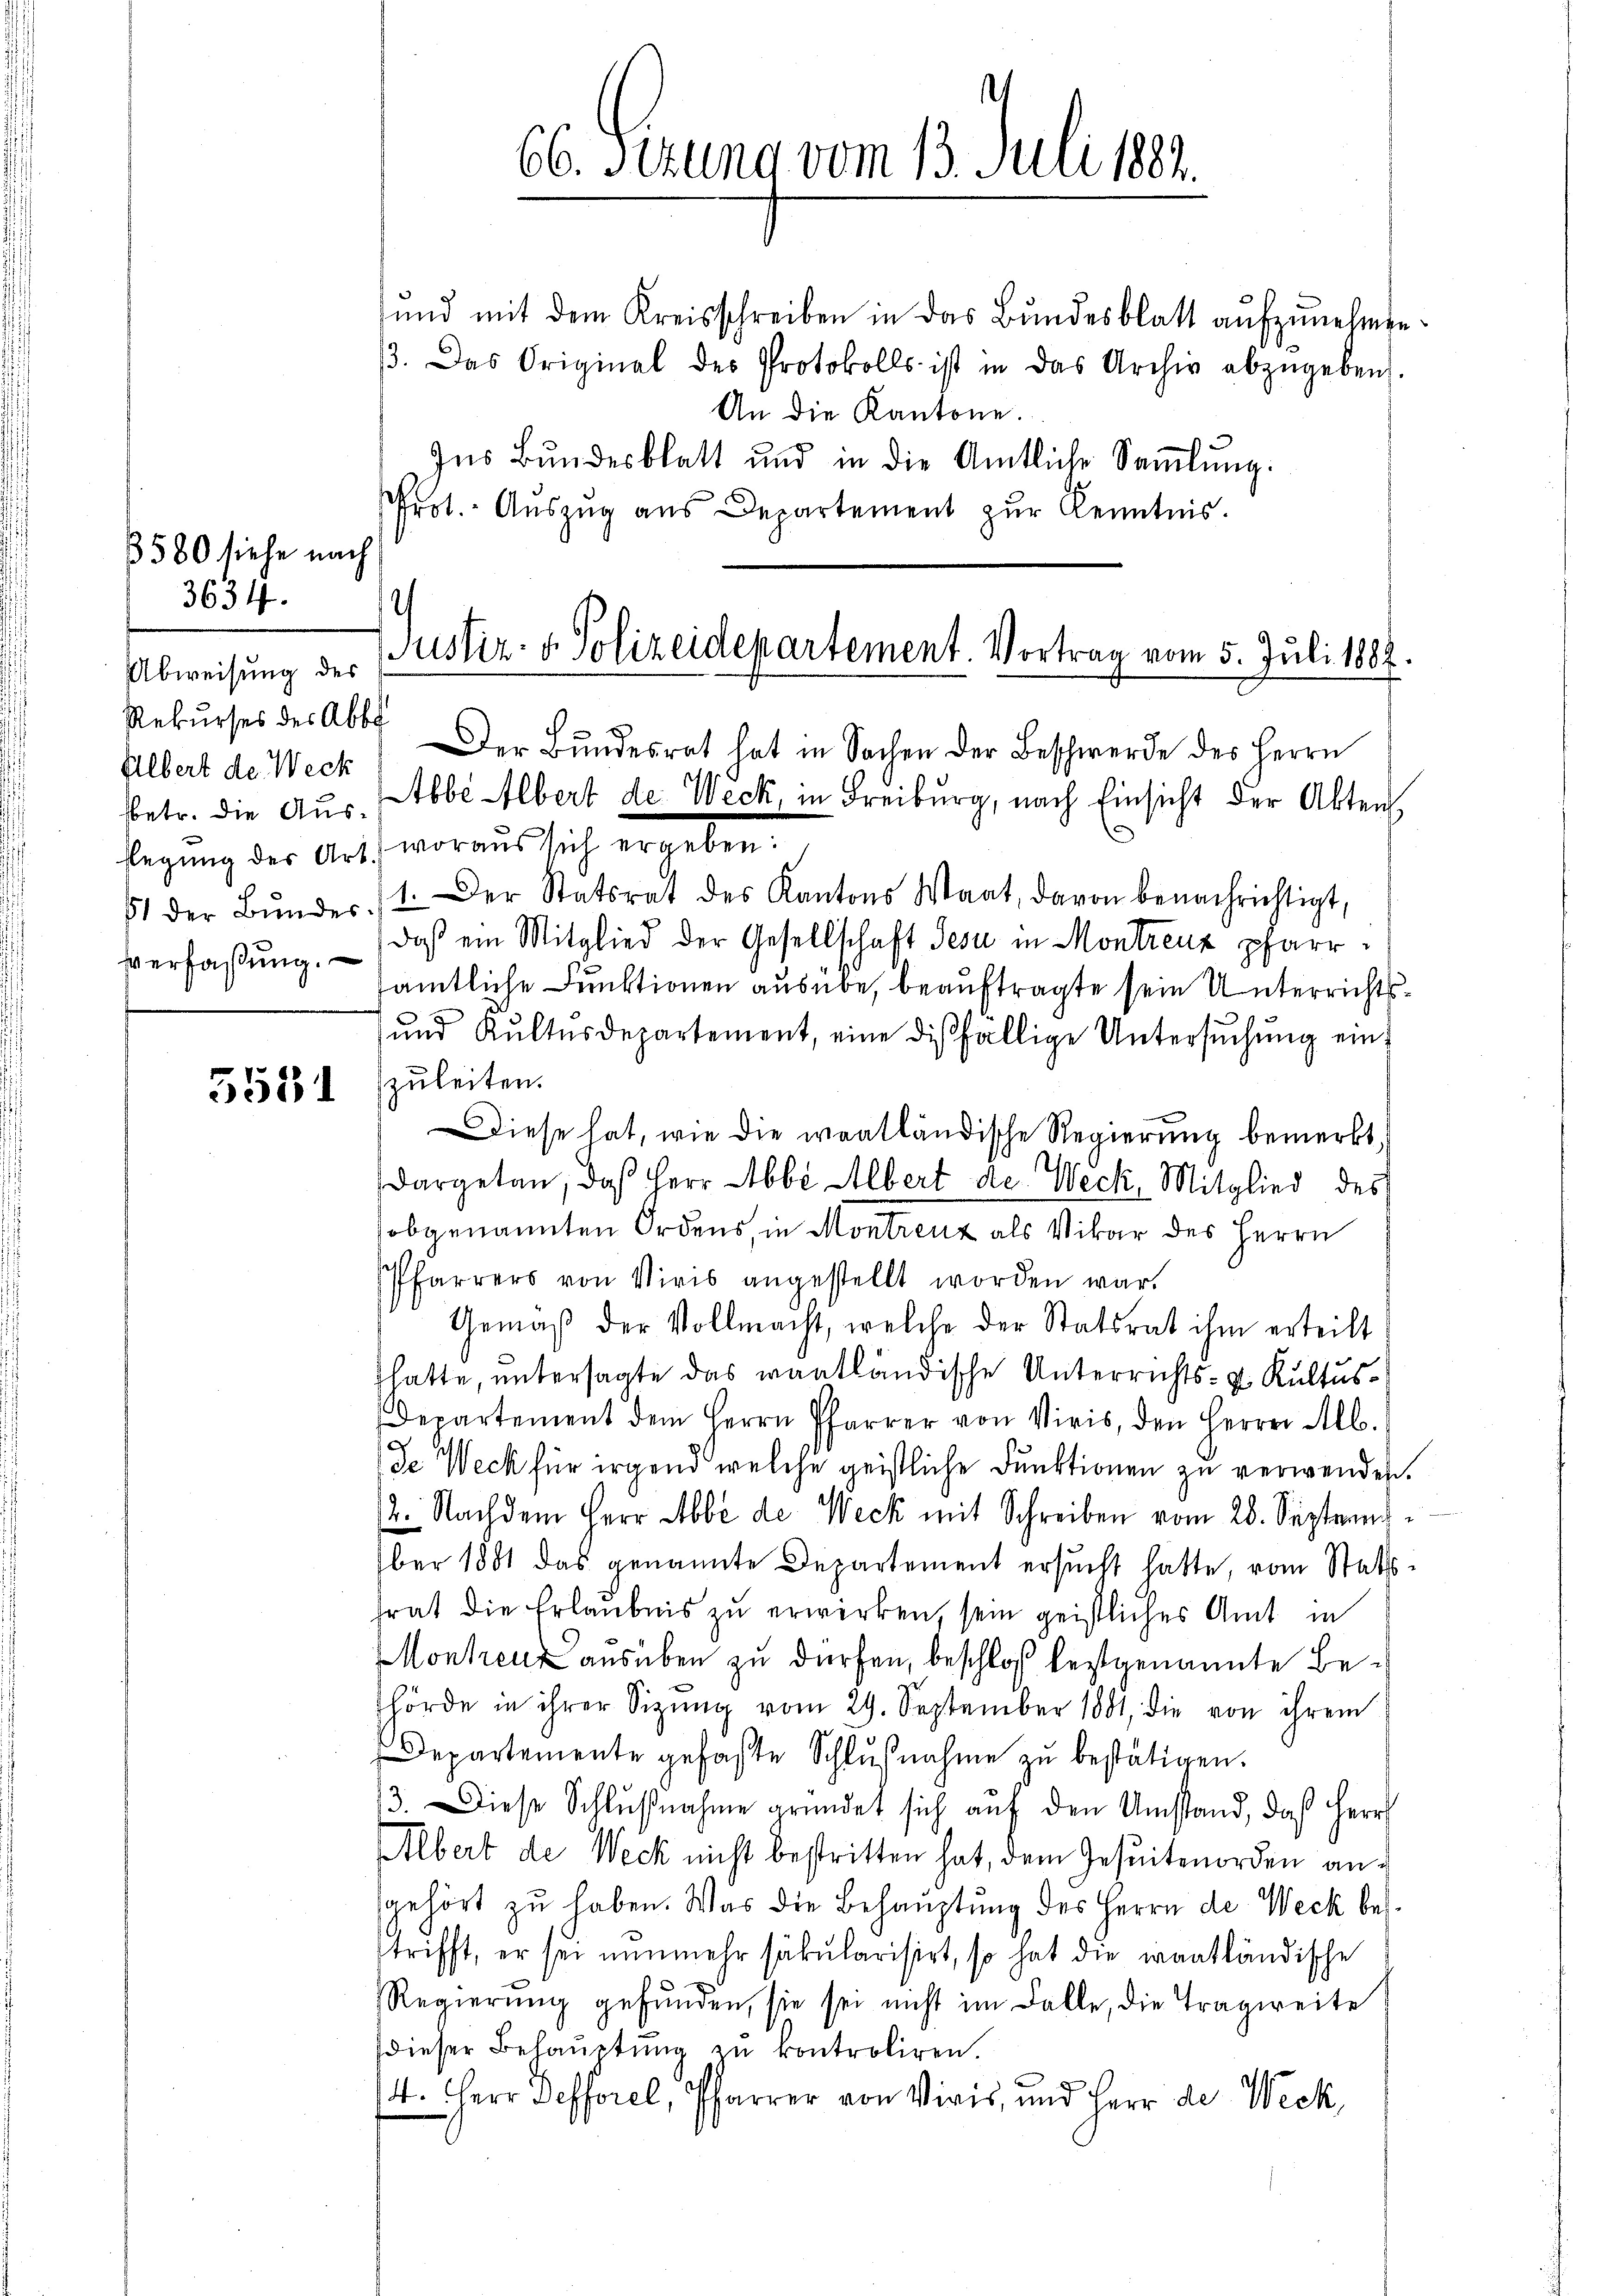
3580 siehe nach
3634.
Abweisung des
Rekurses des Abbe
Elbert der Weck

5531

und mit dem Kreisschreiben in das Bundesblatt aufzunehmen.
β. Das Original des Protokolls ist in das Archiv abzŭgeben.
An die Kantone.
Ins Bundesblatt und in die Amtliche Saṁlŭng.
Prot. - Auszug aus Departement zur Kenntnis.

66. Ferung vom 13. Juli 1884.

.
Justiz- & Polizeidepartement. Vortrag vom 5. Juli 1882.

Der Bundesrat hat in Sachen der Beschwerde des Herrn
sbetr. die Aus- Ebbe Albert de Weck, in Freiburg, nach Einsicht der Akten
slegung der Art., woraus sich ergeben:
61 der Bŭndes. 1. Der Statsrat des Kantons Waat, davon benachrichtigt,
daß ein Mitglied der Gesellschaft Jesu in Montreuz pfarrverfaßung amtliche Funktionen ausübe, beauftragte sein Unterrichts¬
und Kultusdepartement, eine diesfällige Untersŭchŭng einzuleiten.
Diese hat, wie die woatländische Regierung bemerkt,
Dargetan, daß Herr Abbi Albert de Weck, Mitglied des
obgenannten Ordens, in Montrenz als Vikar des Herrn
Pfarrers von Viris angestellt worden war.
Gemäß der Vollmacht, welche der Statsrat ihm erteilt
hatte, untersagte das wantländische Unterrichts- u. Kultus¬
Departement dem Herrn Pfarrer von Virs, den Herrn Alb.
de Weck für irgend welche geistliche Funktionen zu verwenden.
2. Nachdem Herr Abbe de Weck mit Schreiben vom 28. September 1881 das genannte Departement ersucht hatte, vom Stattfrat die Erlaubnis zu erwirken, sein geistliches Amt in
Monkreuz ausüben zu dürfen, beschloß festgenannte Behörde in ihrer Sitzŭng vom 29. September 1881, die von ihrem
Departemente gefaßte Schlŭβnahme zŭ bestätigen.
3. Diese Schlŭβnahme gründet sich aŭf den Umstand, daß Herr
Albert de Weck nicht bestritten hat, dem Jesuitenorden an:
gehört zu haben. Was die Behauptung des Herrn de Weck betrifft, er sei nunmehr säkularisirt, so hat die wantländische
Regierung gefunden, sie sei nicht im Falle, die Tragweite
dieser Behauptung zu kontroliren.
4. Herr Defforel, Pfarrer von Viris, und Herr de Weck,